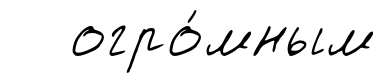
огро́мным